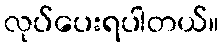
လုပ်ပေးရပါတယ်။